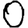
Digit: 0